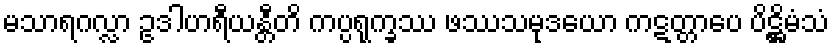
မသာရဂလ္လာ ဥဒါဟရီယန္တီတိ ကပ္ပရုက္ခဿ ဖဿသမုဒယော ကဋတ္တာပေ ပိဋ္ဌိမံသံ